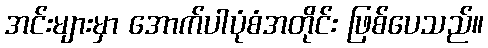
အင်းများမှာ အောက်ပါပုံစံအတိုင်း ဖြစ်ပေသည်။